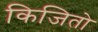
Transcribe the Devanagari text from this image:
किजितो